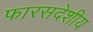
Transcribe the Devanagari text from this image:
फारसदेशीय